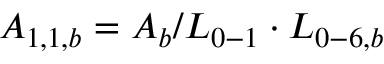
{ A _ { 1 , 1 , b } } = { A _ { b } } / { L _ { 0 - 1 } } \cdot { L _ { 0 - 6 , b } }